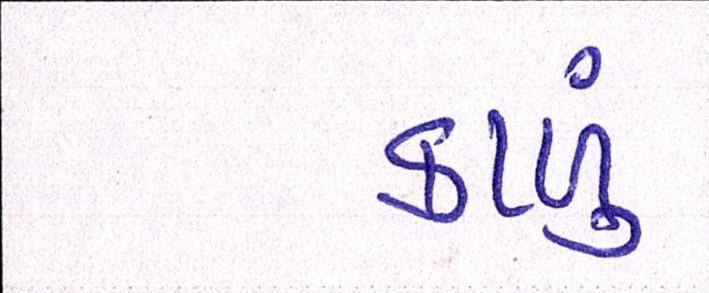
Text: કાળું